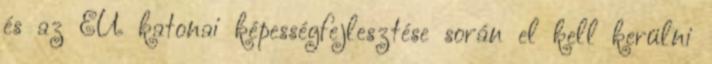
és az EU katonai képességfejlesztése során el kell kerülni